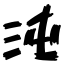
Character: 沌